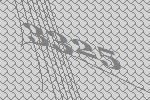
3325